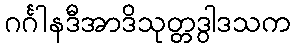
ဂင်္ဂါနဒီအာဒိသုတ္တဒွါဒသက